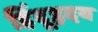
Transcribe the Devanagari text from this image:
हिंदूहृदय